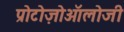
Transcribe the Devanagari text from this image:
प्रोटोज़ोऑलोजी